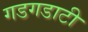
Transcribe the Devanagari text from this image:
गडगडाटी